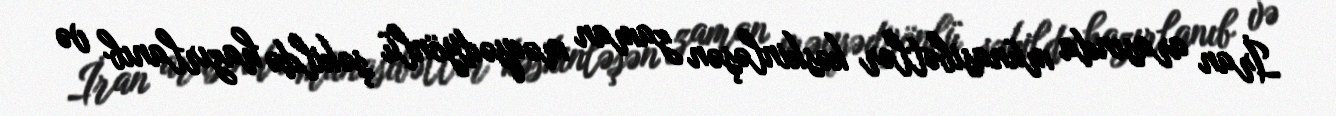
İran arasında münasibətlər kəskinləşən zaman məqsədyönlü şəkildə hazırlanıb və